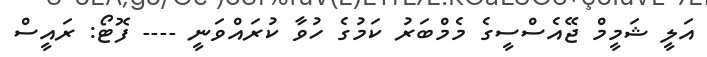
އަލީ ޝަމީމް ޖޭއެސްސީގެ މެމްބަރު ކަމުގެ ހުވާ ކުރައްވަނީ ---- ފޮޓޯ: ރައީސް